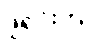
ဖူရှင်းက